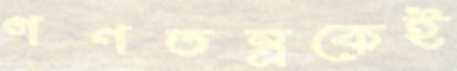
গণতন্ত্রকেই